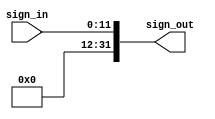
module SignedExtension(sign_in, sign_out);

    input [11:0] sign_in;
    output [31:0] sign_out;

    assign sign_out[15:0] = sign_in;
    assign sign_out[31:16] = sign_in[15] ? 16'b1111_1111_1111_1111: 16'b0; // Signed-Extension




endmodule